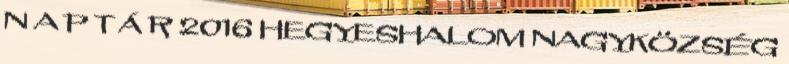
N A P T Á R 2016 HEGYESHALOM NAGYKÖZSÉG